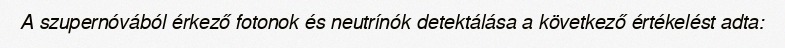
A szupernóvából érkező fotonok és neutrínók detektálása a következő értékelést adta: